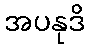
အပနုဒိ